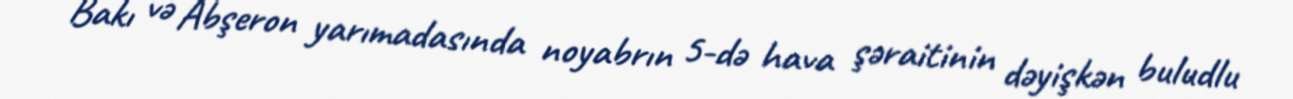
Bakı və Abşeron yarımadasında noyabrın 5-də hava şəraitinin dəyişkən buludlu